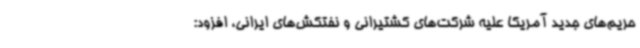
حریم‌های جدید آمریکا علیه شرکت‌های کشتیرانی و نفتکش‌های ایرانی، افزود: